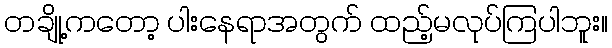
တချို့ကတော့ ပါးနေရာအတွက် ထည့်မလုပ်ကြပါဘူး။